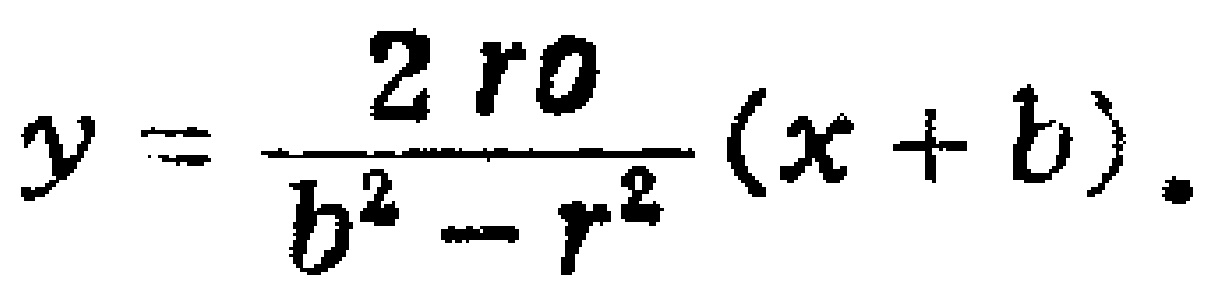
\(y = \frac{2 r_0}{b^{2}-r^{2}}(x + b).\)